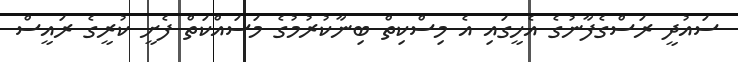
ސައުދީ ރަސްގެފާނުގެ އެހީގައި އެ މިސްކިތް ބިނާކުރުމުގެ މަސައްކަތް ފެށީ ކުރީގެ ރައީސް